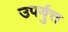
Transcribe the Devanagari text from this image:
उपर्युत्त